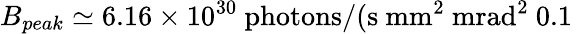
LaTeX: B_{peak}\simeq 6.16\times 10^{30}\ \mathrm{photons}/(\mathrm{s}\ \mathrm{mm}^{2}\ \mathrm{mrad}^{2}\ 0.1\